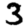
Digit: 3